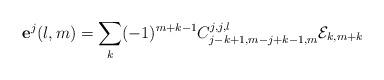
LaTeX: \begin{align*}\mathbf{e}^{j}(l,m)={\displaystyle\sum\limits_{k}}(-1)^{m+k-1}C_{j-k+1,m-j+k-1,m}^{j,j,l}\mathcal{E}_{k,m+k} \end{align*}